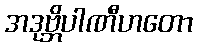
အဒုဗ္ဘိပါဏီဟတော